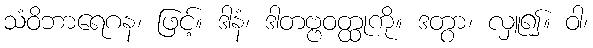
သံဝိဘာရေဂန၊ ဖြင့်။ ဒါနံ၊ ဒါတဗ္ဗဝတ္ထုကို။ ဒတွာ၊ လှူ၍။ ဝါ၊